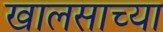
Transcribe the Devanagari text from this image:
खालसाच्या